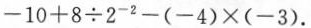
$$- 1 0 + 8 \div 2 ^ { - 2 } - ( - 4 ) \times ( - 3 )$$.